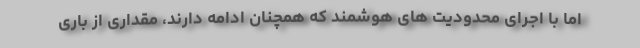
اما با اجرای محدودیت های هوشمند که همچنان ادامه دارند، مقداری از باری